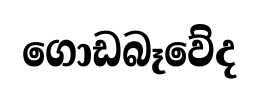
ගොඩබෑවේද